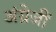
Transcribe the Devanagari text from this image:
अंग्रेजीं